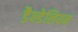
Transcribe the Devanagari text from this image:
डैन्डेलियन